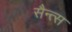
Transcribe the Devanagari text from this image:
सैन्त्स